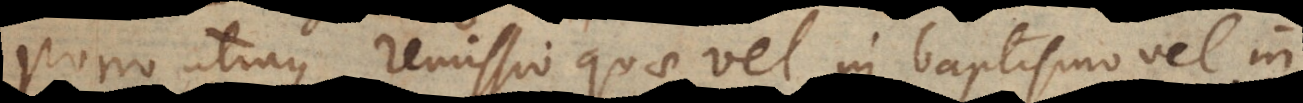
Porro utraque remissio quae vel in baptismo vel in